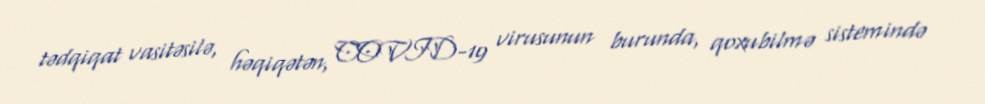
tədqiqat vasitəsilə, həqiqətən, COVID-19 virusunun burunda, qoxubilmə sistemində